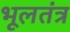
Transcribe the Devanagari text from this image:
भूलतंत्र